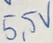
Text: 5,5V